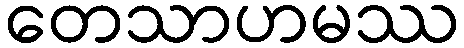
တေသာဟမဿ